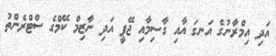
އަދި އިމްރާނުގެ އަނގަ އާއި ގާސިމާއި ޖޭޕީ އަދި ނާޒިމް ކޭމްގެ ސްޓްރެންތު